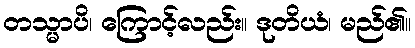
တသ္မာပိ၊ ကြောင့်လည်း။ ဒုတိယံ၊ မည်၏။